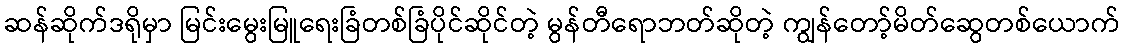
ဆန်ဆိုက်ဒရိုမှာ မြင်းမွေးမြူရေးခြံတစ်ခြံပိုင်ဆိုင်တဲ့ မွန်တီရောဘတ်ဆိုတဲ့ ကျွန်တော့်မိတ်ဆွေတစ်ယောက်